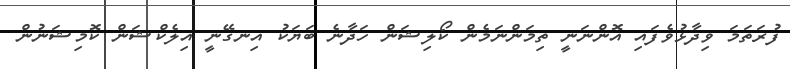
ފުރަތަމަ ވިދާޅުވެފައި އޮންނަނީ ތިމަންނަމެން ކޯލިޝަން ހަދާނެ ބަޔަކު އިނގޭނީ އިލެކްޝަން ކޮމިޝަނުން